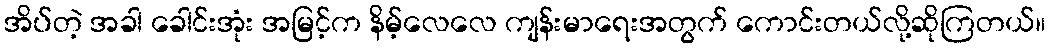
အိပ်တဲ့ အခါ ခေါင်းအုံး အမြင့်က နိမ့်လေလေ ကျန်းမာရေးအတွက် ကောင်းတယ်လို့ဆိုကြတယ်။